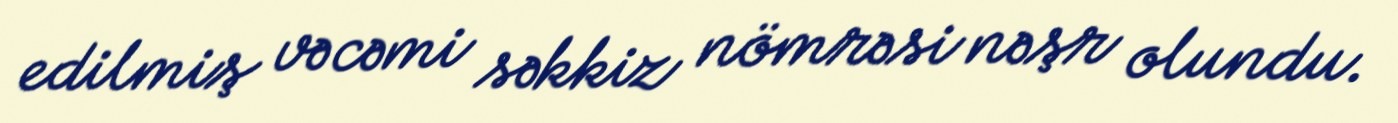
edilmiş və cəmi səkkiz nömrəsi nəşr olundu.